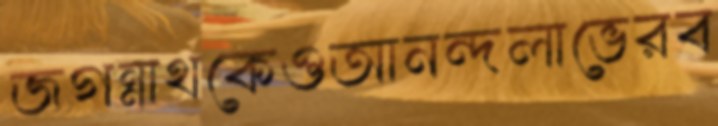
জগন্নাথকেওআনন্দলাভেরব